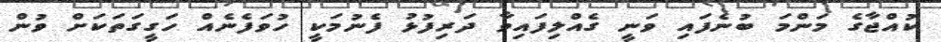
ކުއްޖާގެ މަންމަ ބުނެފައި ވަނީ ގެއްލިފައިވާ ދަރިފުޅު ފެނުމަކީ ހުވަފެނެއް ހަގީގަތަކަށް ވުން